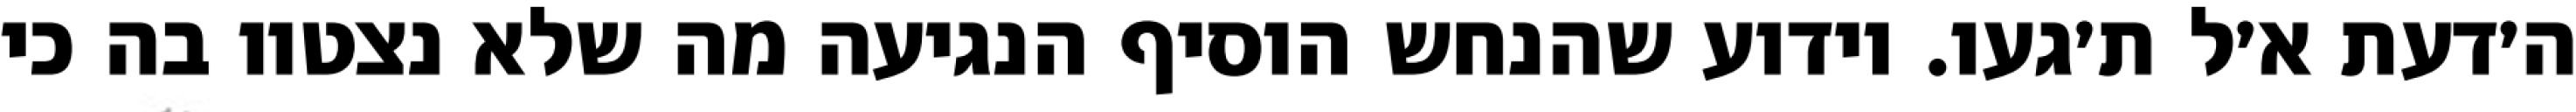
ה׳דעת א׳ל ת׳געו. וידוע שהנחש הוסיף הנגיעה מה שלא נצטוו בה כי